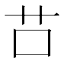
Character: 𦬅